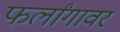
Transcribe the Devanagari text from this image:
फर्लांगावर